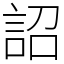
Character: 詔